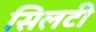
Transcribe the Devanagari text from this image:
सिलटी